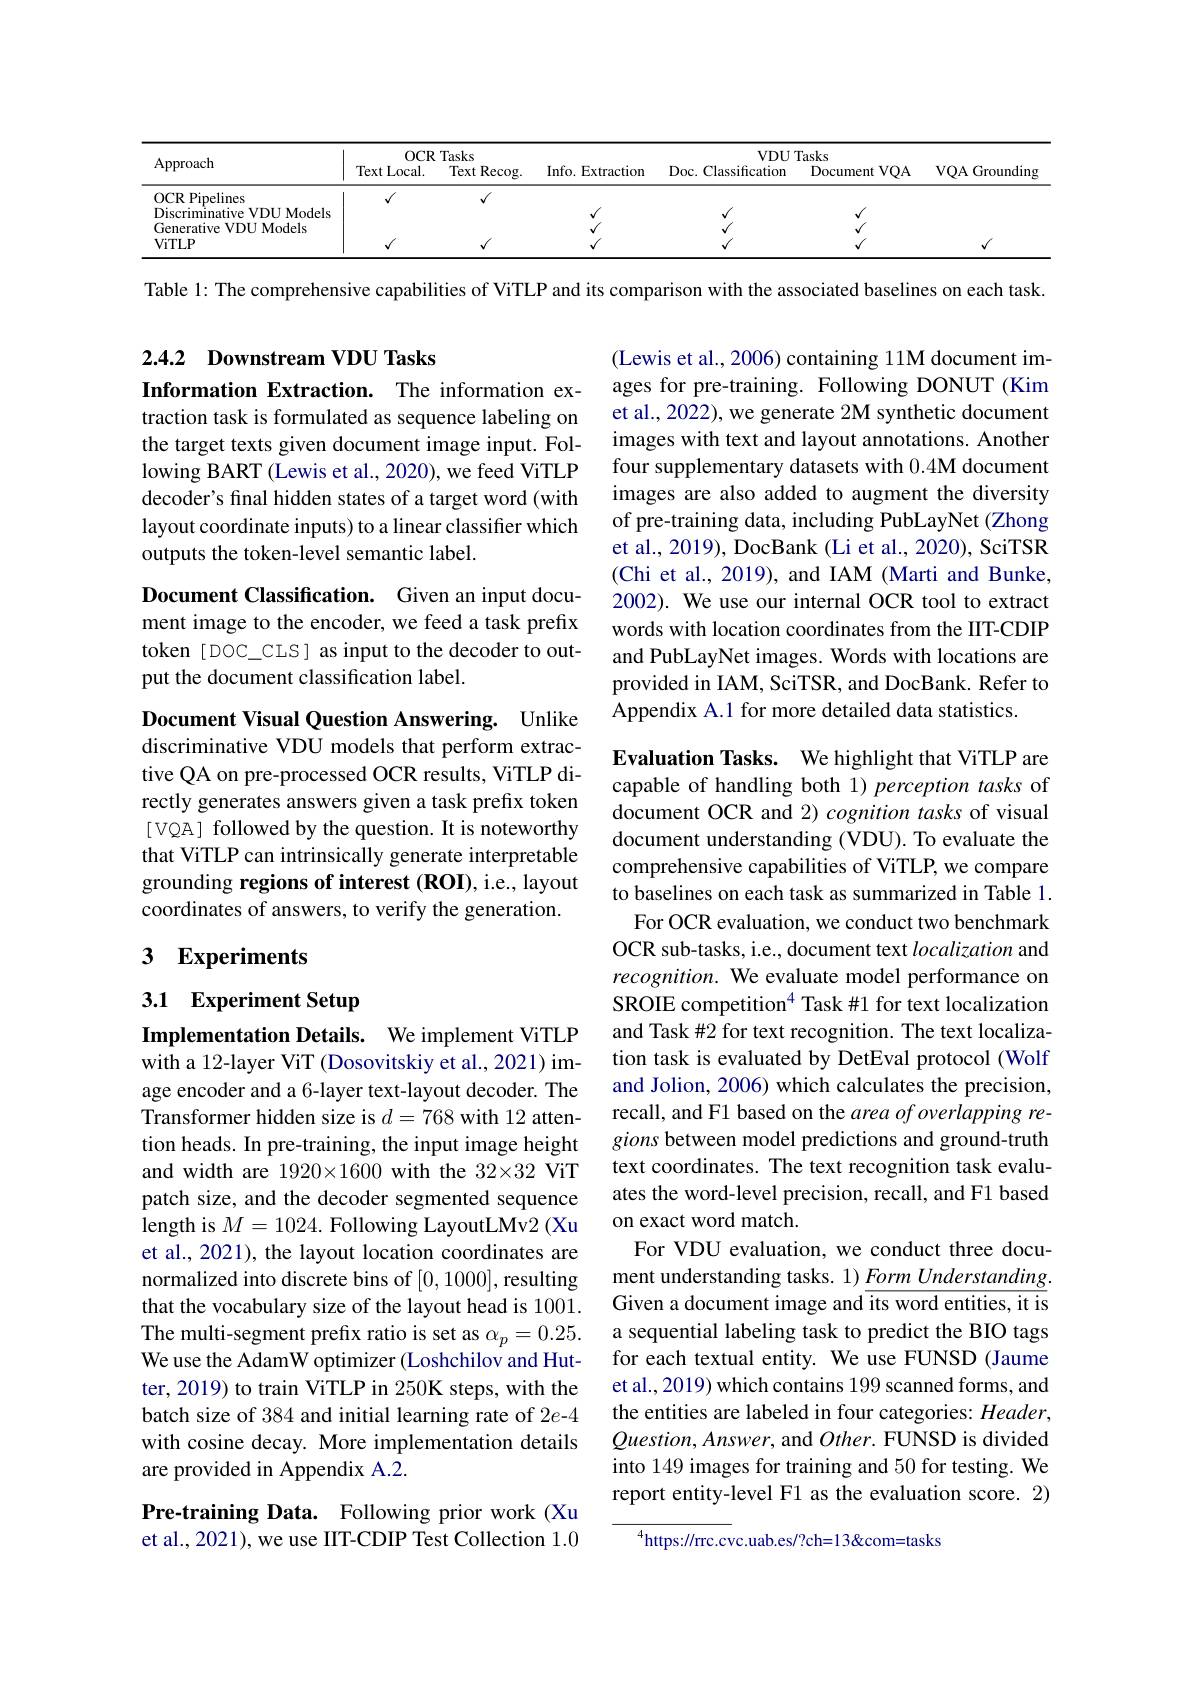
<table>
	<tbody>
		<tr>
			<th rowspan="2">Approach</th>
			<th colspan="2">OCR Tasks</th>
			<th rowspan="2">Info. Extraction</th>
			<th colspan="2">VDUTasks</th>
			<th rowspan="2">VQA Grounding</th>
		</tr>
		<tr>
			<th>Text Local.</th>
			<th>Text Recog.</th>
			<th>Doc. Classification</th>
			<th>tVQA Document</th>
		</tr>
		<tr>
			<td>OCR Pipelines</td>
			<td> </td>
			<td> </td>
			<td> </td>
			<td> </td>
			<td> </td>
			<td> </td>
		</tr>
		<tr>
			<td>$\hat{\text{Discriminative VDU Models}}$</td>
			<td> </td>
			<td> </td>
			<td> </td>
			<td> </td>
			<td> </td>
			<td> </td>
		</tr>
		<tr>
			<td>Generative VDU Models</td>
			<td> </td>
			<td> </td>
			<td> </td>
			<td> </td>
			<td> </td>
			<td> </td>
		</tr>
		<tr>
			<td>ViTLP</td>
			<td> </td>
			<td> </td>
			<td> </td>
			<td> </td>
			<td> </td>
			<td> </td>
		</tr>
	</tbody>
</table>

Table 1: The comprehensive capabilities of ViTLP and its comparison with the associated baselines on each task

2.4.2 Downstream VDU Tasks

Information Extraction. The information ex-

traction task is formulated as sequence labeling on the target texts given document image input. Following BART (Lewis et al., 2020), we feed ViTLP decoder's final hidden states of a target word (with layout coordinate inputs) to a linear classifier which outputs the token-level semantic label.

(Lewis et al., 2006) containing 11M document images for pre-training. Following DONUT (Kim et al., 2022), we generate 2M synthetic document images with text and layout annotations. Another four supplementary datasets with 0.4M document images are also added to augment the diversity of pre-training data, including PubLayNet (Zhong et al., 2019), DocBank (Li et al., 2020), SciTSR (Chi et al., 2019), and IAM (Marti and Bunke, 2002). We use our internal OCR tool to extract words with location coordinates from the IIT-CDIP and PubLayNet images. Words with locations are provided in IAM, SciTSR, and DocBank. Refer to Appendix A.1 for more detailed data statistics.

Document Classification. Given an input document image to the encoder, we feed a task prefix token [DOC\_CLS] as input to the decoder to output the document classification label.

Document Visual Question Answering. Unlike discriminative VDU models that perform extractive QA on pre-processed OCR results, ViTLP directly generates answers given a task prefix token [ VQA] followed by the question. It is noteworthy that ViTLP can intrinsically generate interpretable grounding regions of interest (ROI), i.e., layout coordinates of answers, to verify the generation.

## 3 Experiments

3.1 Experiment Setup

Implementation Details. We implement ViTLP

Evaluation Tasks. We highlight that ViTLP are capable of handling both 1) perception tasks of document OCR and 2) cognition tasks of visual document understanding (VDU). To evaluate the comprehensive capabilities of ViTLP, we compare to baselines on each task as summarized in Table 1.
For OCR evaluation, we conduct two benchmark OCR sub-tasks, i.e., document text localization and recognition. We evaluate model performance on SROIE competition$^{4}$ Task #1 for text localization and Task #2 for text recognition. The text localization task is evaluated by DetEval protocol (Wolf and Jolion, 2006) which calculates the precision, recall, and F1 based on the area of overlapping regions between model predictions and ground-truth text coordinates. The text recognition task evaluates the word-level precision, recall, and F1 based on exact word match.
For VDU evaluation, we conduct three document understanding tasks. 1) $\underline{Form\textit{Understanding}}.$ Given a document image and its word entities, it is a sequential labeling task to predict the BIO tags for each textual entity. We use FUNSD (Jaume et al., 2019) which contains 199 scanned forms, and the entities are labeled in four categories: Header, $Question,Answer$, and $Other.$ FUNSD is divided into 149 images for training and 50 for testing. We report entity-level F1 as the evaluation score. 2)
$^{4}$https://rrc.cvc.uab.es/?ch=13&com=tasks

with a 12-layer ViT (Dosovitskiy et al., 2021) image encoder and a 6-layer text-layout decoder. The Transformer hidden size is $d=768$ with 12 attention heads. In pre-training, the input image height and width are 1920×1600 with the 32×32 ViT patch size, and the decoder segmented sequence length is $M=1024.$ Following LayoutLMv2 (Xu et al., 2021), the layout location coordinates are normalized into discrete bins of [0,1000], resulting that the vocabulary size of the layout head is 1001. The multi-segment prefix ratio is set as $\alpha_p=0.25.$ We use the AdamW optimizer (Loshchilov and Hutter, 2019) to train ViTLP in 250K steps, with the batch size of 384 and initial learning rate of 2e-4 with cosine decay. More implementation details are provided in Appendix A.2.

Pre-training Data. Following prior work (Xu et al., 2021), we use IIT-CDIP Test Collection 1.0